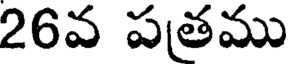
26వ పతము